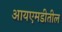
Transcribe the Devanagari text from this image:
आयएमडीतील